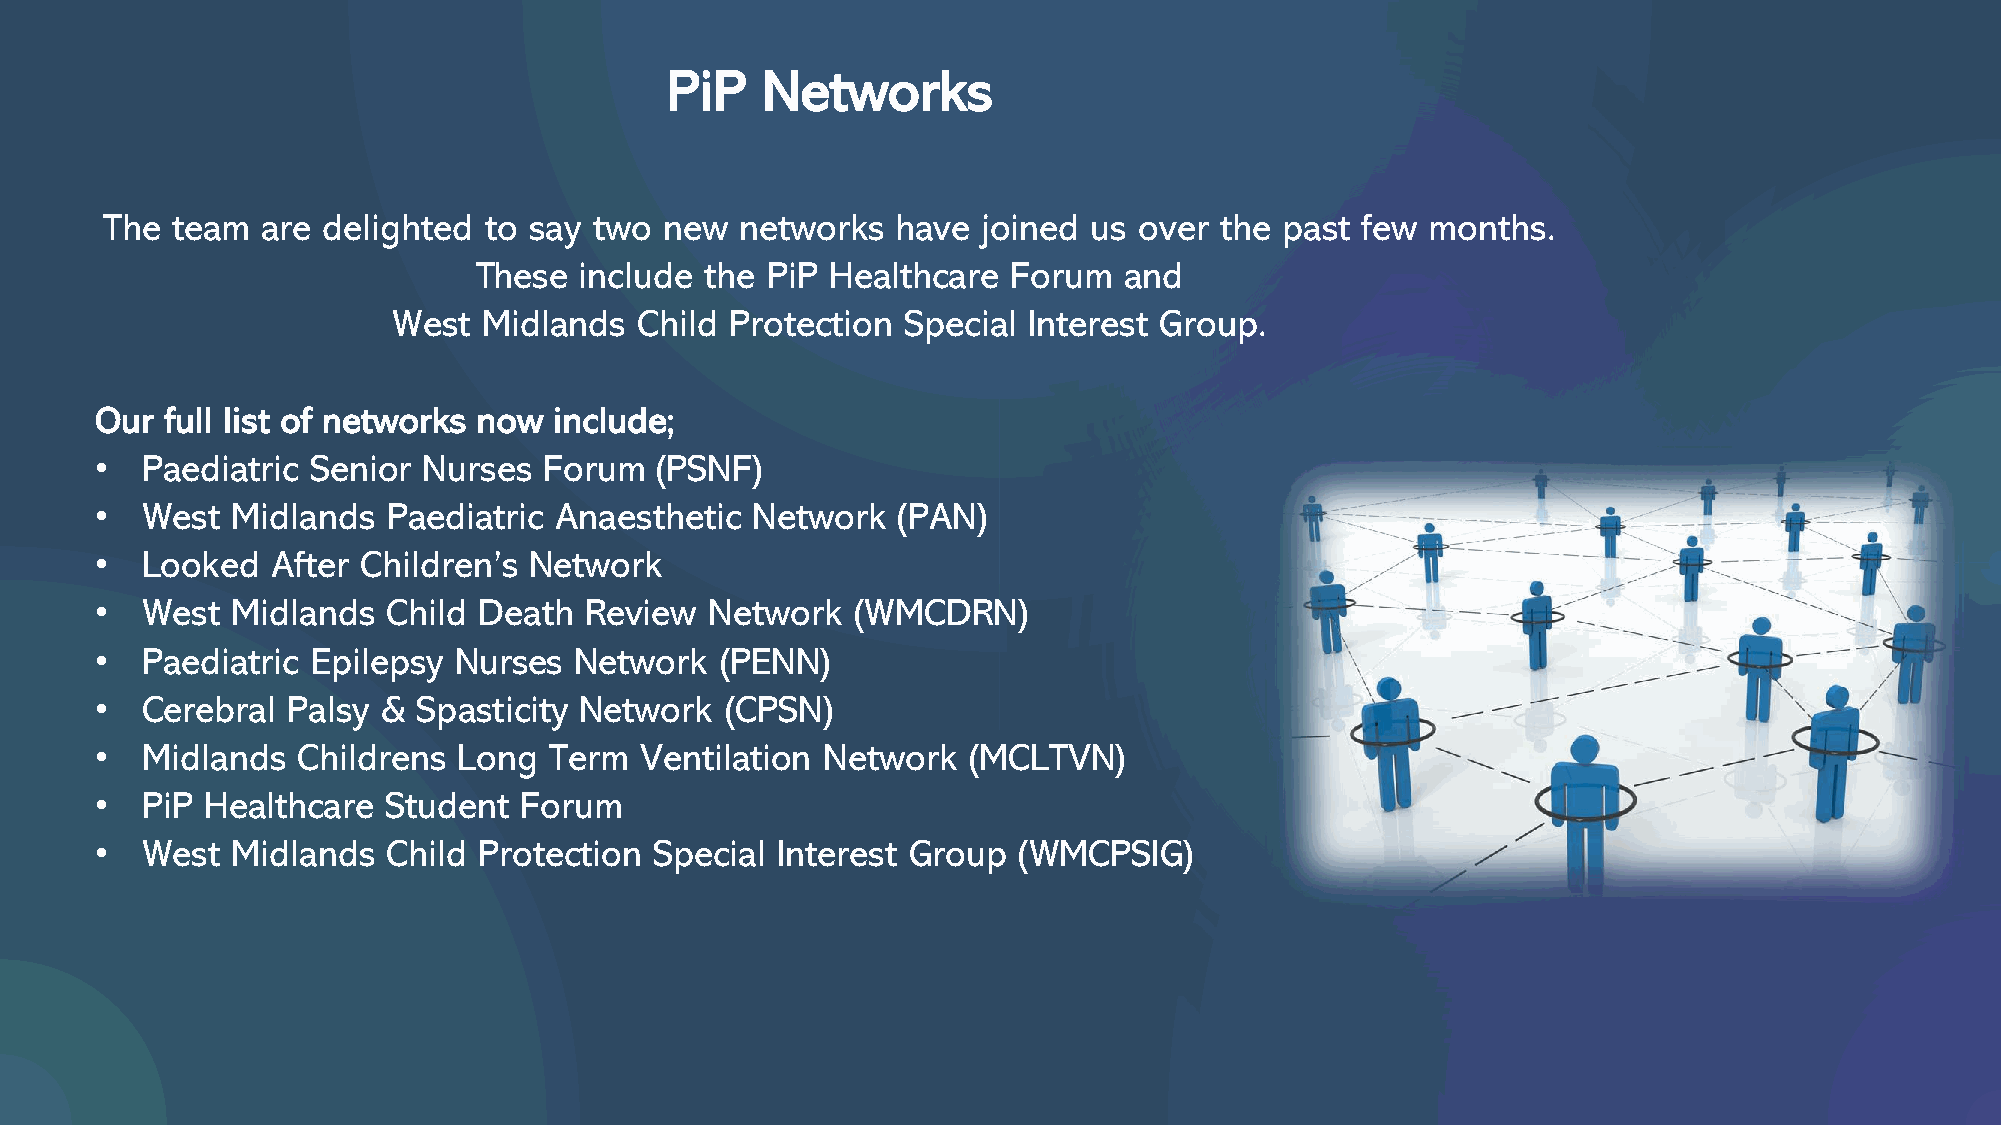
PiP   Networks
 The team  are delighted  to say two  new  networks  have  joined us over  the past few  months.
 These  include  the PiP Healthcare  Forum  and
 West  Midlands  Child Protection  Special Interest Group.
 Our  full list of networks now include;
 •  Paediatric  Senior Nurses  Forum  (PSNF)
 •  West  Midlands   Paediatric Anaesthetic  Network  (PAN)
 •  Looked   After Children’s Network
 •  West  Midlands   Child Death  Review  Network   (WMCDRN)
 •  Paediatric  Epilepsy Nurses  Network   (PENN)
 •  Cerebral  Palsy &  Spasticity Network  (CPSN)
 •  Midlands   Childrens Long  Term  Ventilation  Network  (MCLTVN)
 •  PiP  Healthcare Student  Forum
 •  West  Midlands   Child Protection Special Interest Group  (WMCPSIG)